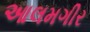
આલમગીર